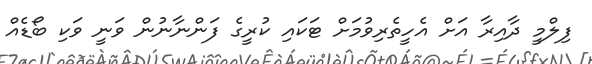
ފިލްމީ ދާއިރާ އަށް އެހީތެރިވުމަށް ޓަކައި ކުރީގެ ފަންނާނުން ވަނީ ވަކި ބޯޑެއް